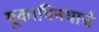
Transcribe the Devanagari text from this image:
मूकाभिनयाचे